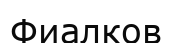
Фиалков